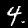
Digit: 4